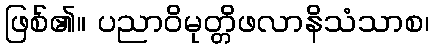
ဖြစ်၏။ ပညာဝိမုတ္တိဖလာနိသံသာစ၊